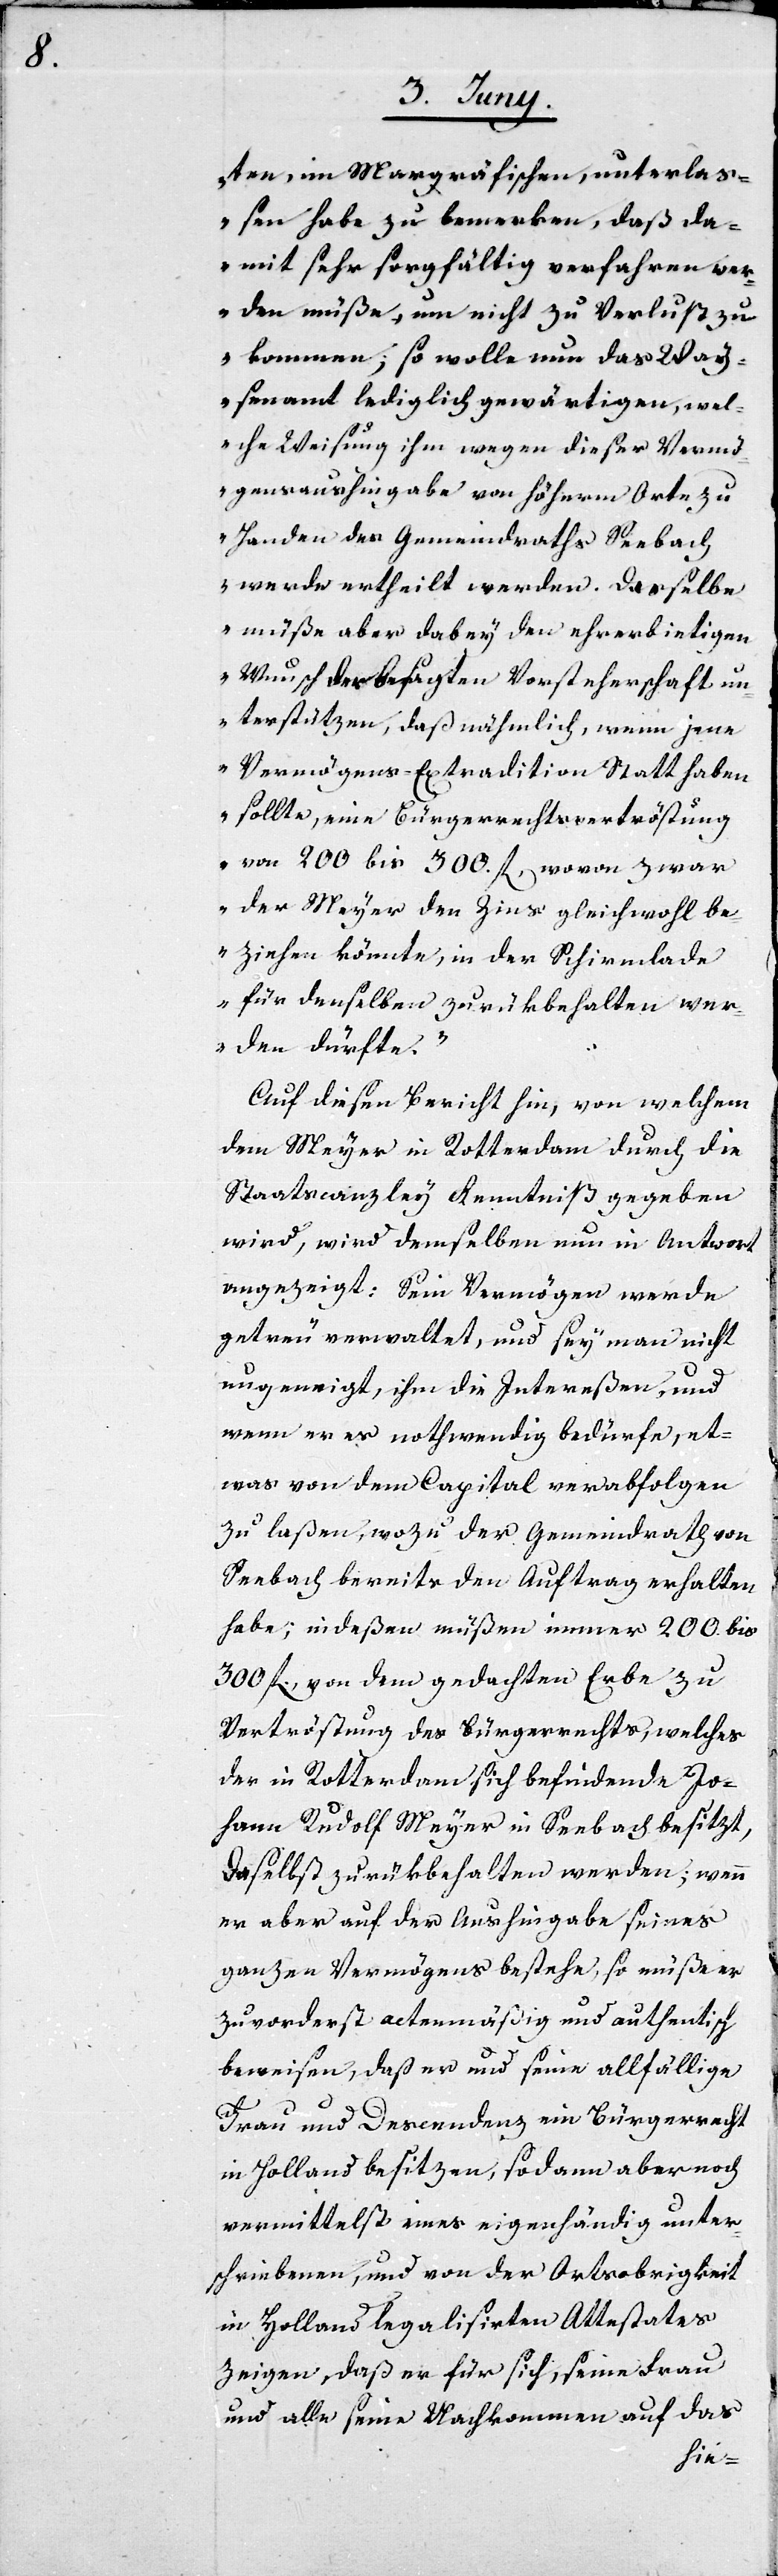
ten, im Margräfischen, unterlaß¬
en habe zu bemerken, daß da¬
mit sehr sorgfältig verfahren wer¬
den müße, um nicht zu Verlust zu
kommen; so wolle nun das Way¬
senamt lediglich gewärtigen, wel¬
che Weisung ihm wegen dieser Vermö¬
gensaushingabe von Höherm Orte zu
Handen des Gemeindraths Seebach
werde ertheilt werden. Derselbe
müße aber dabey den ehrerbietigen
Wunsch der besagten Vorsteherschaft un¬
terstützen, daß nähmlich, wenn jene
Vermögens-Extradition Statt haben
sollte, eine Bürgerrechtsvertröstung
von 200 bis 300. fl wovon zwar
der Meyer den Zins gleichwohl be¬
ziehen könnte, in der Schirmlade
für denselben zurükbehalten wer¬
den dürfte.“
Auf diesen Bericht hin, von welchem
dem Meyer in Rotterdam durch die
Staatscanzley Kenntniß gegeben
wird, wird demselben nun in Antwort
angezeigt: Sein Vermögen werde
getreu verwaltet, und sey man nicht
ungeneigt, ihm die Intereßen und
wenn er es nothwendig bedürfe, et¬
was von dem Capital verabfolgen
zu laßen, wozu der Gemeindrath von
Seebach bereits den Auftrag erhalten
habe, indeßen müßen immer 200. bis
300. fl von dem gedachten Erbe zu
Vertröstung des Bürgerrechts, welches
der in Rotterdam sich befindende Jo¬
hann Rudolf Meyer in Seebach besitzt,
daselbst zurückbehalten werden; wenn
er aber auf der Aushingabe seines
ganzen Vermögens bestehe, so müße er
zuvorderst actenmäßig und authentisch
beweisen, daß er und seine allfällige
Frau und Descendenz ein Bürgerrecht
in Holland besitzen, so dann aber noch
vermittelst eines eigenständig unter¬
schriebenen, und von der Ortsobrigkeit
in Holland legalisierten Attestates
zeigen, daß er für sich, seine Frau
und alle seine Nachkommen auf das